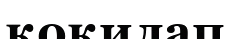
қоқилап